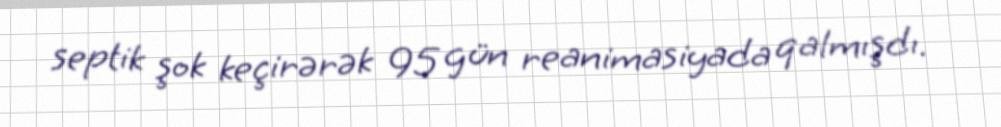
septik şok keçirərək 95 gün reanimasiyada qalmışdı.